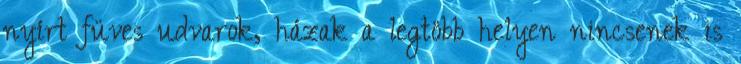
nyírt füves udvarok, házak a legtöbb helyen nincsenek is